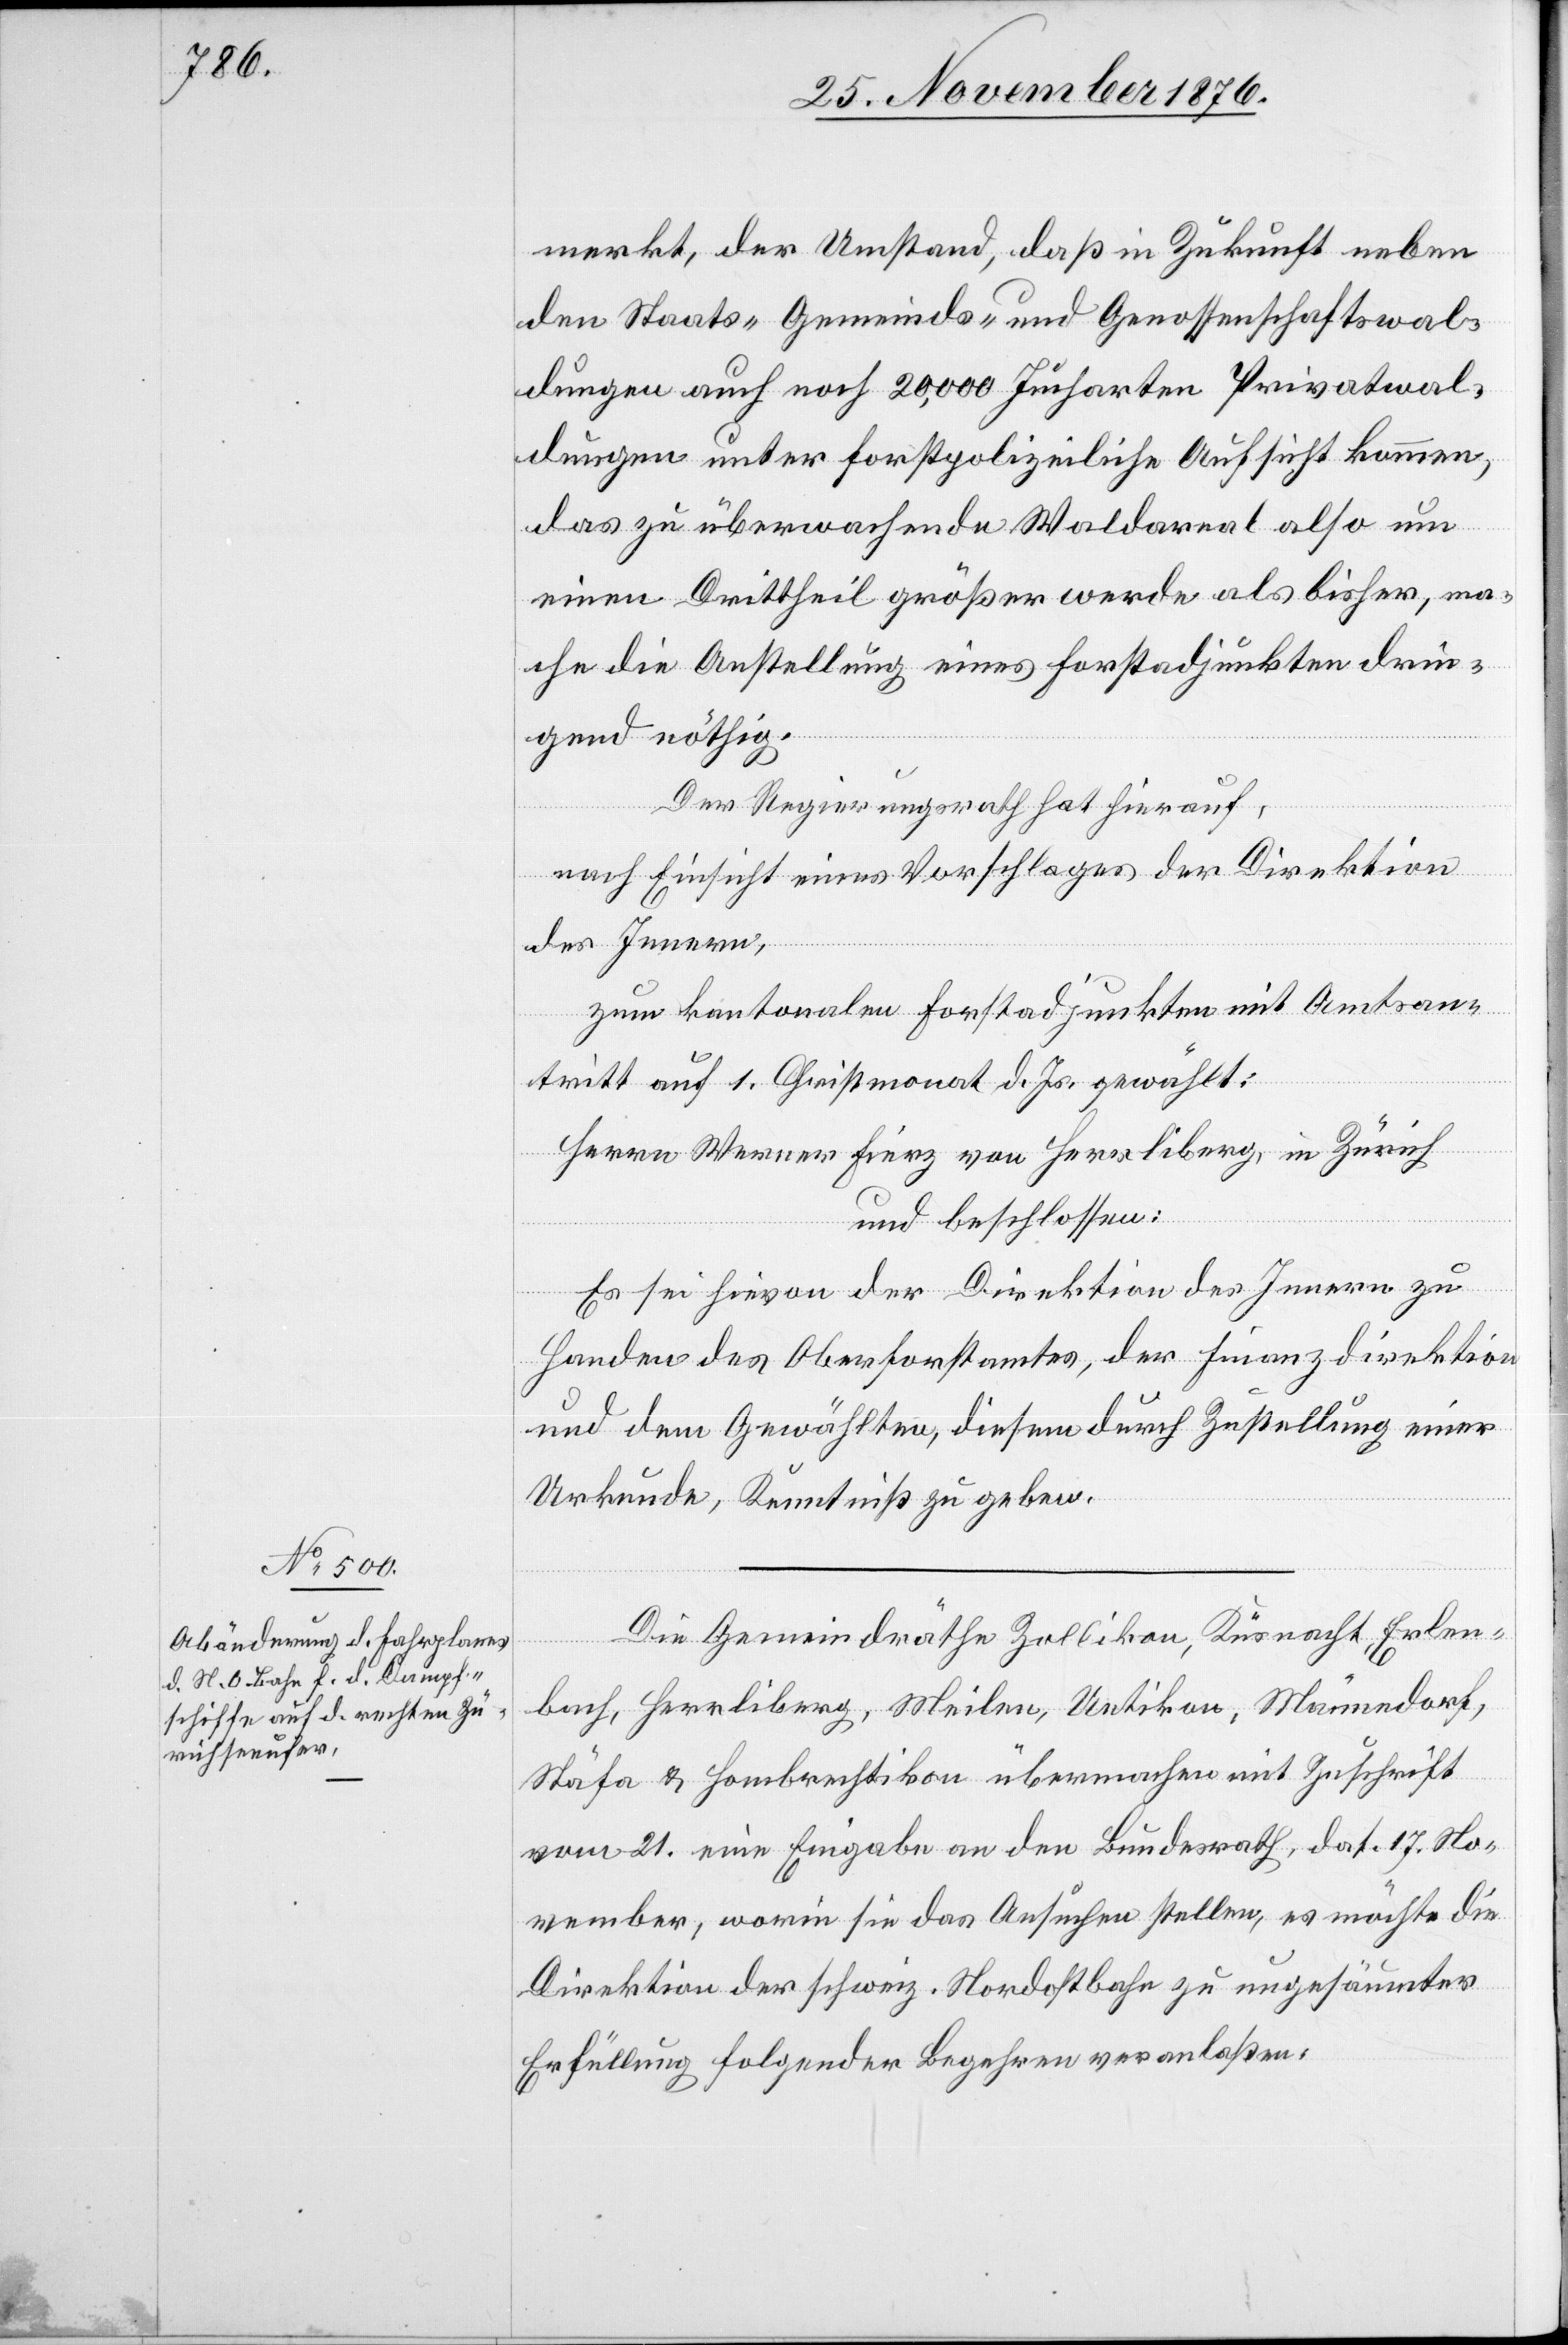
merkt, der Umstand, daß in Zukunft neben
den Staats- Gemeinds- und Genossenschaftswal¬
dungen auch noch 20,000 Jucharten Privatwal¬
dungen unter forstpolizeiliche Aufsicht kommen,
das zu überwachende Waldareal also um
einen Drittheil größer werde als bisher, ma¬
che die Anstellung eines Forstadjunkten drin¬
gend nöthig.
Der Regierungsrath hat hierauf,
nach Einsicht eines Antrages der Direktion
des Innern,
zum kantonalen Forstadjunkten mit Amtsan¬
tritt auf 1. Christmonat d. Js. gewählt:
Herrn Werner Fierz von Herrliberg, in Zürich
und beschlossen:
Es sei hievon der Direktion des Innern zu
Handen des Oberforstamtes, der Finanzdirektion
und dem gewählten, diesem durch Zustellung einer
Urkunde, Kenntniß zu geben.
Die Gemeindräthe Zollikon, Küsnacht, Erlen¬
bach, Herrliberg, Meilen, Uetikon, Männedorf,
Stäfa & Hombrechtikon übermachen mit Zuschrift
vom 21. eine Eingabe an den Bundesrath, dat. 17. No¬
vember, worin sie das Ansuchen stellen, es möchte die
Direktion der schweiz. Nordostbahn zu ungesäumter
Erfüllung folgender Begehren veranlaßen: